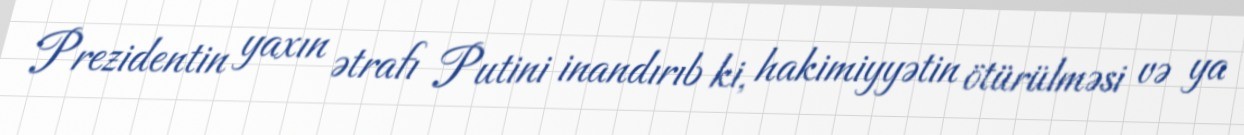
Prezidentin yaxın ətrafı Putini inandırıb ki, hakimiyyətin ötürülməsi və ya